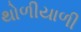
થોળીયાળી